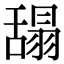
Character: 𦧭